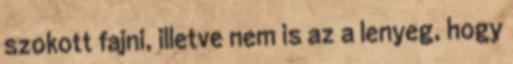
szokott fajni, illetve nem is az a lenyeg, hogy